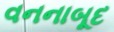
વનનાબૂદ